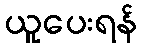
ယူပေးရန်